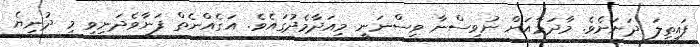
ފައިތިލަ ދަށަށެވެ. މާދަމާއަށް ނުވިސްނާ ވިސްނަނީ މިއަދާމެދުގައެވެ. އަގެއްނެތް ފަނާވެދަނިވި މި ދުނިޔެ